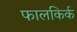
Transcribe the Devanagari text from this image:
फालकिर्क